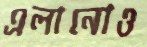
এলানোও